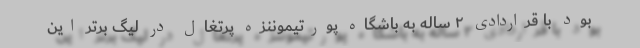
بود با قراردادی ۲ ساله به باشگاه پورتیموننزه پرتغال در لیگ برتر این